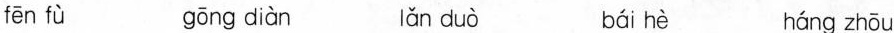
fēn fù gōng diàn lǎn duò bái hè háng zhōu